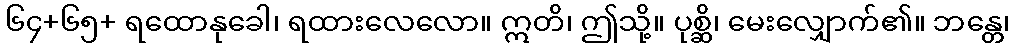
၆၄+၆၅+ ရထောနုခေါ၊ ရထားလေလော။ ဣတိ၊ ဤသို့။ ပုစ္ဆိ၊ မေးလျှောက်၏။ ဘန္တေ၊